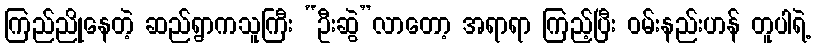
ကြည်ညိုနေတဲ့ ဆည်ရွာကသူကြီး “ဦးဆွဲ”လာတော့ အရာရာ ကြည့်ပြီး ဝမ်းနည်းဟန် တူပါရဲ့